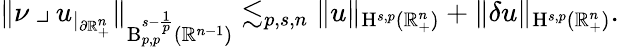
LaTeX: \begin{array}{r}{\lVert\nu\mathbin{\lrcorner}u_{|_{\partial\mathbb{R}_{+}^{n}}}\rVert_{\mathrm{B}_{p,p}^{s-\frac{1}{p}}(\mathbb{R}^{n-1})}\lesssim_{p,s,n}\lVert u\rVert_{{\mathrm{H}}^{s,p}(\mathbb{R}_{+}^{n})}+\lVert\mathbf{\delta}u\rVert_{{\mathrm{H}}^{s,p}(\mathbb{R}_{+}^{n})}\mathrm{.}}\end{array}